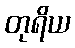
တုရိယ